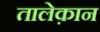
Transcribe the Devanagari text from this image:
तालेक़ान